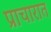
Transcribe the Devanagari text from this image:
प्राचारात